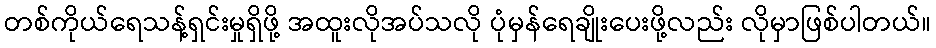
တစ်ကိုယ်ရေသန့်ရှင်းမှုရှိဖို့ အထူးလိုအပ်သလို ပုံမှန်ရေချိုးပေးဖို့လည်း လိုမှာဖြစ်ပါတယ်။